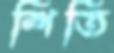
শিতি